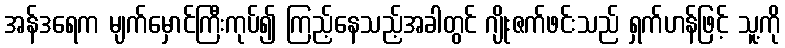
အန်ဒရေက မျက်မှောင်ကြီးကုပ်၍ ကြည့်နေသည့်အခါတွင် ဂျိုးဇက်ဖင်းသည် ရှက်ဟန်ဖြင့် သူ့ကို